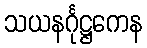
သယနင်္ဂုဋ္ဌကေန